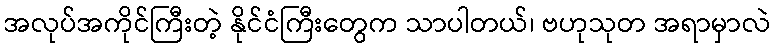
အလုပ်အကိုင်ကြီးတဲ့ နိုင်ငံကြီးတွေက သာပါတယ်၊ ဗဟုသုတ အရာမှာလဲ